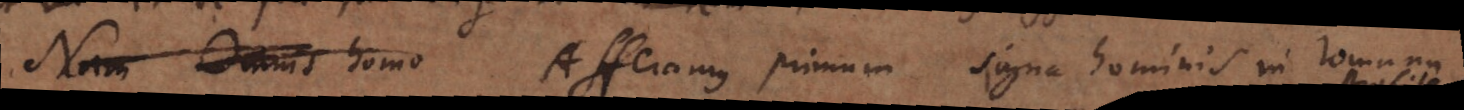
Nam Omnis homo Afferamus primum signa hominis in Romana